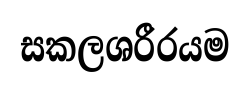
සකලශරීරයම